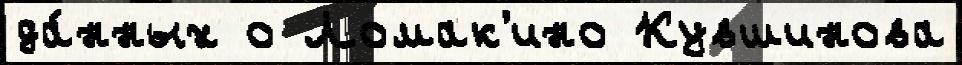
да́нных о Ломак'ино Кувшинова